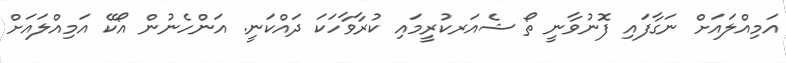
އަމިއްލައަށް ނަގާފައި ފޮނުވާނީ ތޯ ޝެއަރކުރީމައި ކުރާވާހަކަ ދައްކަނީ. އަންހެނުން އޯކޭ އަމިއްލައަށް